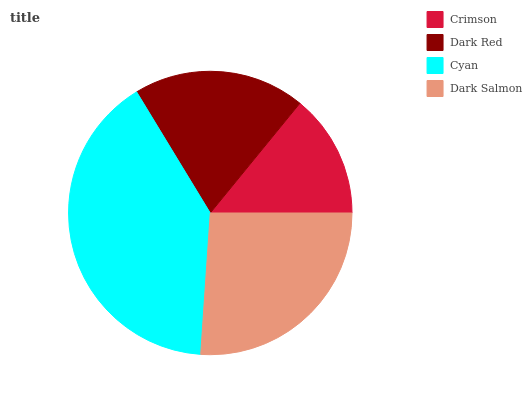
| Crimson | Dark Red | Cyan | Dark Salmon |
 | --- | --- | --- | --- |
 | 14.1% | 19.6% | 40.2% | 26.1% |